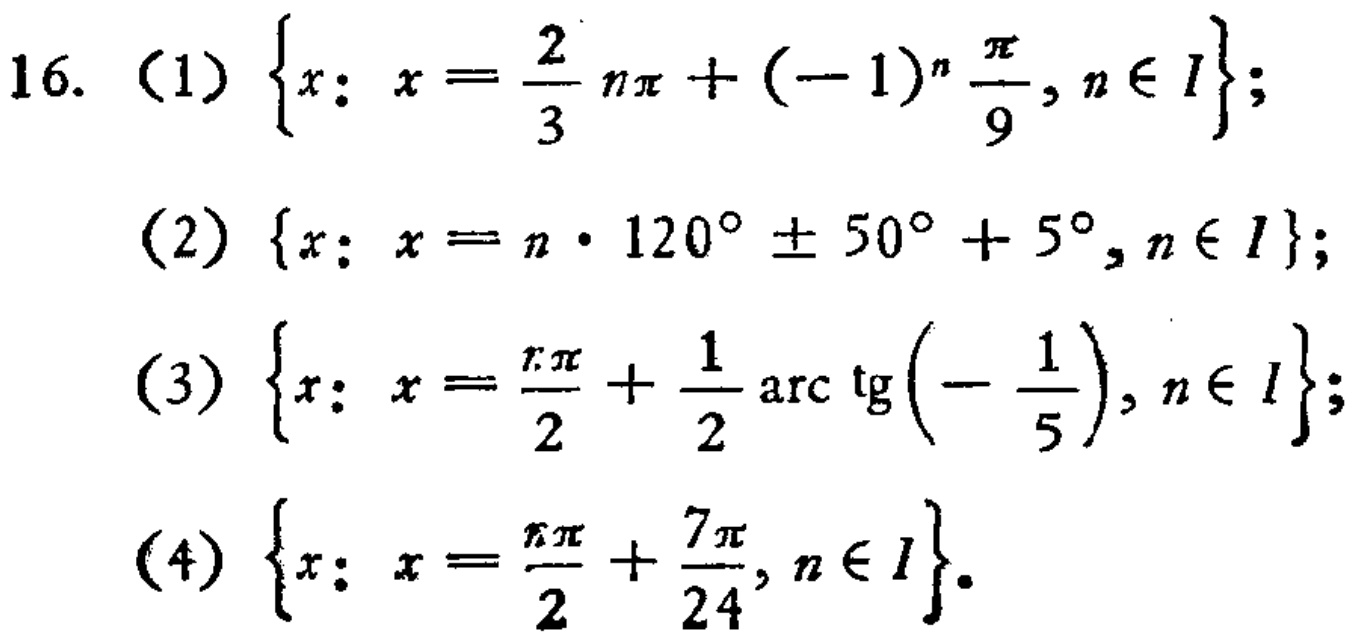
16. (1) \(\{x: x = \frac{2}{3}n\pi+(-1)^n\frac{\pi}{9}, n\in I\}\);
(2) \(\{x: x = n\cdot120^{\circ}\pm50^{\circ}+5^{\circ}, n\in I\}\);
(3) \(\{x: x = \frac{n\pi}{2}+\frac{1}{2}\arctan(-\frac{1}{5}), n\in I\}\);
(4) \(\{x: x = \frac{n\pi}{2}+\frac{7\pi}{24}, n\in I\}\).